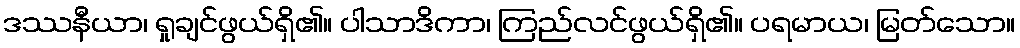
ဒဿနီယာ၊ ရှုချင်ဖွယ်ရှိ၏။ ပါသာဒိကာ၊ ကြည်လင်ဖွယ်ရှိ၏။ ပရမာယ၊ မြတ်သော။